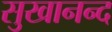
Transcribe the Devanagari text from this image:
सुखानन्द